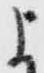
よ